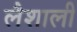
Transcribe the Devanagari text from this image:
लैशाली